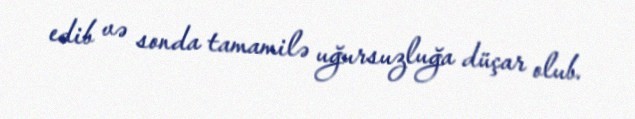
edib və sonda tamamilə uğursuzluğa düçar olub.